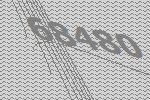
68480